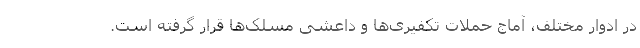
در ادوار مختلف، آماج حملات تکفیری‌ها و داعشی مسلک‌ها قرار گرفته است.